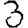
Digit: 3